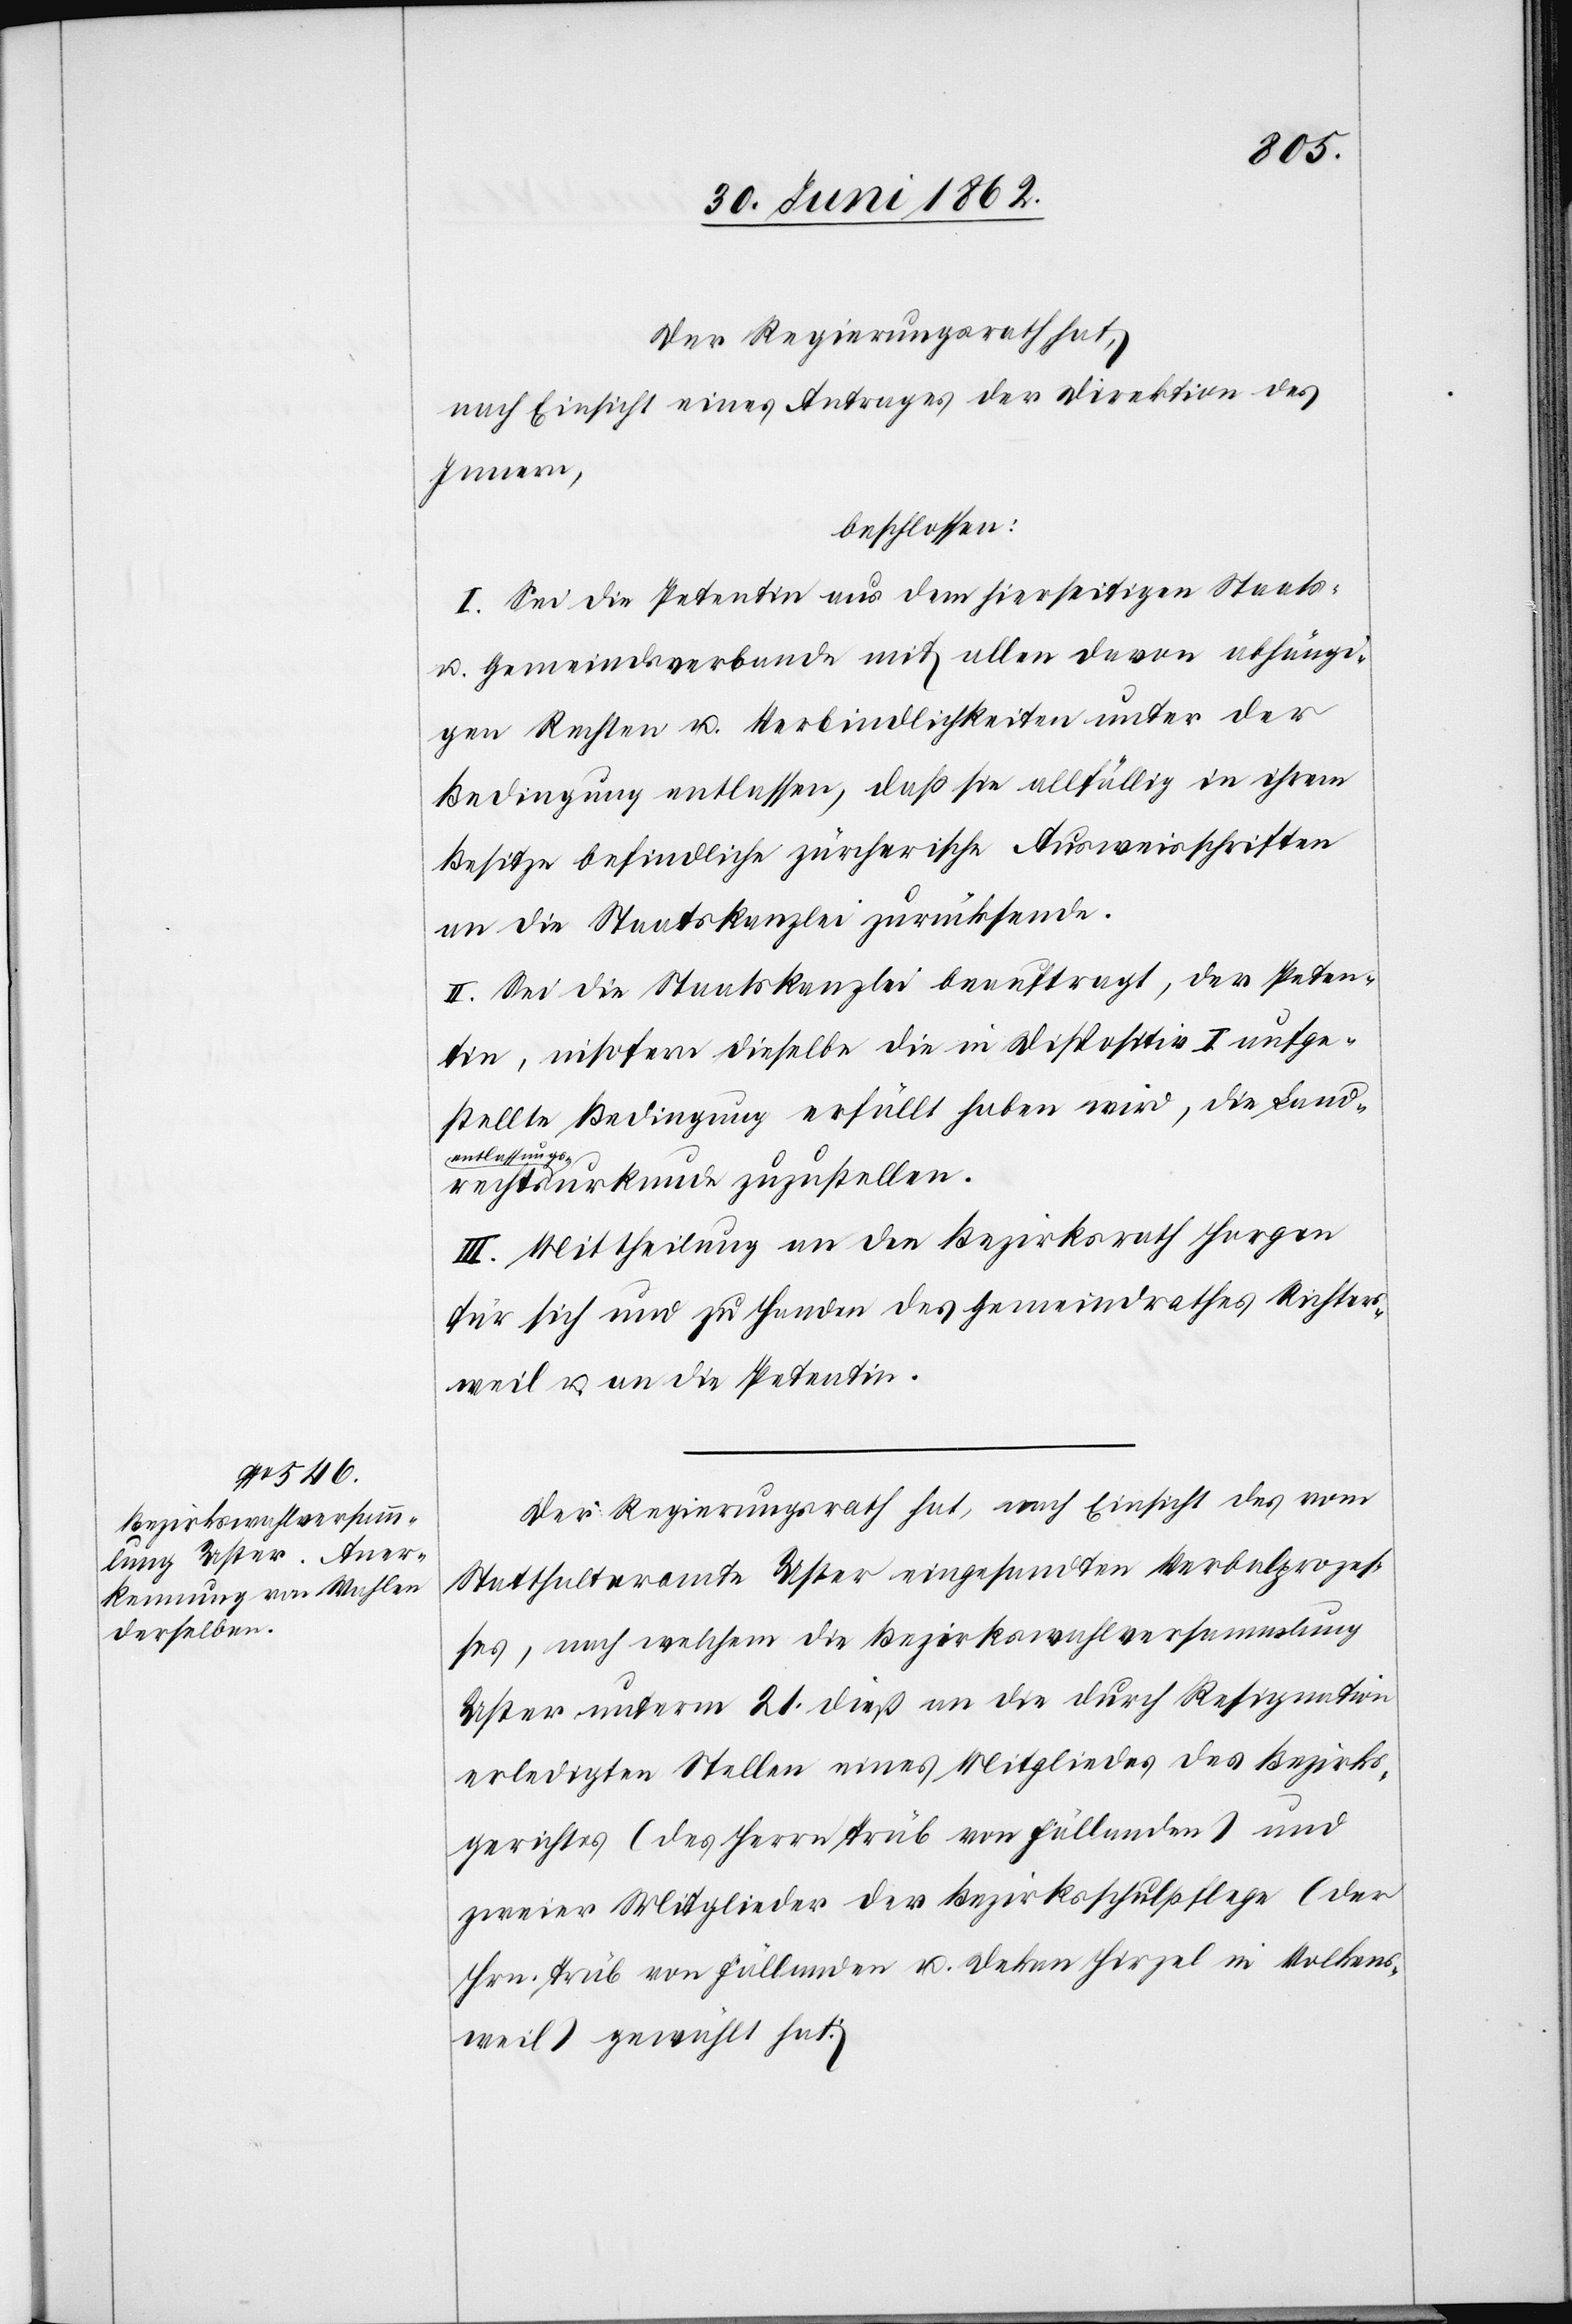
Der Regierungsrath hat,
nach Einsicht eines Antrages der Direktion des
Innern,
beschlossen:
I. Sei die Petentin aus dem hierseitigen Staats-
u. Gemeindsverbande mit allen davon abhängi¬
gen Rechten u. Verbindlichkeiten unter der
Bedingung entlassen, daß sie allfällig in ihrem
Besitze befindliche zürcherische Ausweisschriften
an die Staatskanzlei zurücksende.
II. Sie die Staatskanzlei beauftragt, der Peten¬
tin, insofern dieselbe die in Dispositiv I aufge¬
stellte Bedingung erfüllt haben wird, die Landrech¬
tsentlassungs¬
urkunde zuzustellen.
III. Mittheilung an den Bezirksrath Horgen
für sich und zu Handen des Gemeindrathes Richters¬
weil u. an die Petentin.
Der Regierungsrath hat, nach Einsicht des vom
Statthalteramte Uster eingesandten Verbalprozes¬
ses, nach welchem die Bezirkswahlversammlung
Uster unterm 21. dieß an die durch Resignation
erledigten Stellen eines Mitgliedes des Bezirks¬
gerichtes (des Herrn Trüb von Fällanden) und
zweier Mitglieder der Bezirksschulpflege (der
Hrn. Trüb von Fällanden u. Dekan Hirzel in Volkens¬
weil) gewählt hat: